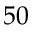
5 0